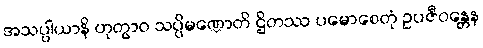
အသပ္ပါယာနိ ဟုတွာဝ သပ္ပိမဏ္ဍောတိ ဌိတဿ ပမောစေတုံ ဥပဇီဝန္တေန